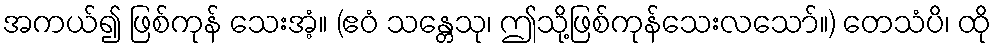
အကယ်၍ ဖြစ်ကုန် သေးအံ့။ (ဧဝံ သန္တေသု၊ ဤသို့ဖြစ်ကုန်သေးလသော်။) တေသံပိ၊ ထို